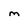
Character: m